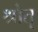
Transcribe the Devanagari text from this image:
श्रोतृ